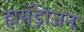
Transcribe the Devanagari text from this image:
हायॅड्रोजन